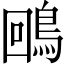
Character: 𪀟